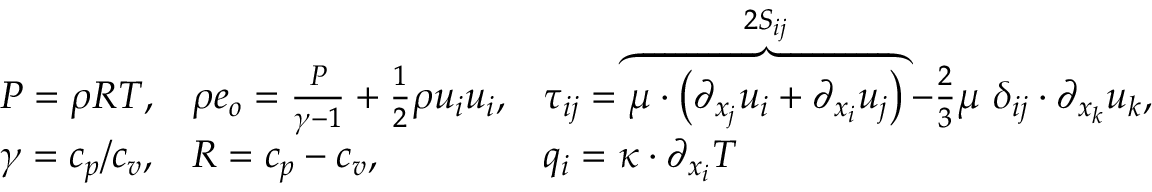
\begin{array} { r } { \begin{array} { l l l l l l l l } { P = \rho R T , } & { \rho e _ { o } = \frac { P } { \gamma - 1 } + \frac { 1 } { 2 } \rho u _ { i } u _ { i } , } & { \tau _ { i j } = \overbrace { \mu \cdot \left( \partial _ { x _ { j } } u _ { i } + \partial _ { x _ { i } } u _ { j } \right) } ^ { 2 S _ { i j } } - \frac { 2 } { 3 } \mu \ \delta _ { i j } \cdot \partial _ { x _ { k } } u _ { k } , } \\ { \gamma = c _ { p } / c _ { v } , } & { R = c _ { p } - c _ { v } , } & { q _ { i } = \kappa \cdot \partial _ { x _ { i } } T } \end{array} } \end{array}